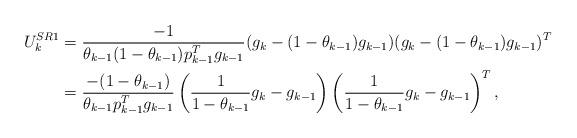
LaTeX: \begin{align*}U_k^{SR1} &=\frac{-1}{\theta_{k-1} (1-\theta_{k-1}) p_{k-1}^Tg_{k-1}}(g_k - (1-\theta_{k-1}) g_{k-1})(g_k - (1-\theta_{k-1}) g_{k-1})^T \\&= \frac{-(1-\theta_{k-1})}{\theta_{k-1} p_{k-1}^T g_{k-1}}\left(\frac1{1-\theta_{k-1}}g_k - g_{k-1}\right)\left(\frac1{1-\theta_{k-1}}g_k-g_{k-1}\right)^T,\end{align*}